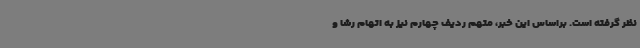
نظر گرفته است. براساس این خبر، متهم ردیف چهارم نیز به اتهام رشا و